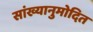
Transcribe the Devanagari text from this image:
सांख्यानुमोदित